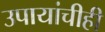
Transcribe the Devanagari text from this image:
उपायांचीही